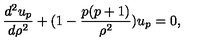
{ \frac { d ^ { 2 } u _ { p } } { d \rho ^ { 2 } } } + ( 1 - { \frac { p ( p + 1 ) } { \rho ^ { 2 } } } ) u _ { p } = 0 ,